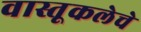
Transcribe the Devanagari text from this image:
वास्तूकलेचे